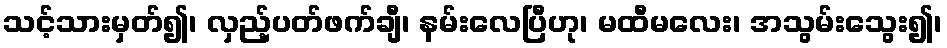
သင့်သားမှတ်၍၊ လှည့်ပတ်ဖက်ချီ၊ နမ်းလေပြီဟု၊ မထီမလေး၊ အသွမ်းသွေး၍၊